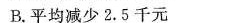
B.平均减少2.5千元